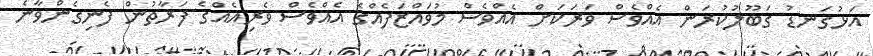
އަޅުގަނޑު ގަބޫލުކުރަން އެއްވެސް ވަރަކަށް އެއްވެސް މުވައްޒަފެއްގެ އެއްވެސް ވެރިއެއްގެ ފަރާތުން ފެނިގެންވާނެ